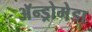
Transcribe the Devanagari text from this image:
अॅन्ड्रोमेडा